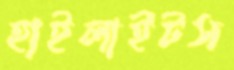
হাইলাইটস